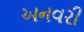
અનવરી